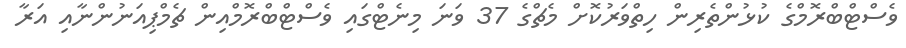
ވެސްޓްބްރޮމްގެ ކުޅުންތެރިން ހިތްވަރުކޮށް މެޗްގެ 37 ވަނަ މިނެޓްގައި ވެސްޓްބްރޮމްއިން ޗެމްޕިއަނުންނާއި އަރާ